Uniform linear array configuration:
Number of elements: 48
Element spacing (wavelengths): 0.5
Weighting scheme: exponential
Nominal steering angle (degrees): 45
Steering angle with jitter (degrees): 43.773
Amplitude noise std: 0.05
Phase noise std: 0.05

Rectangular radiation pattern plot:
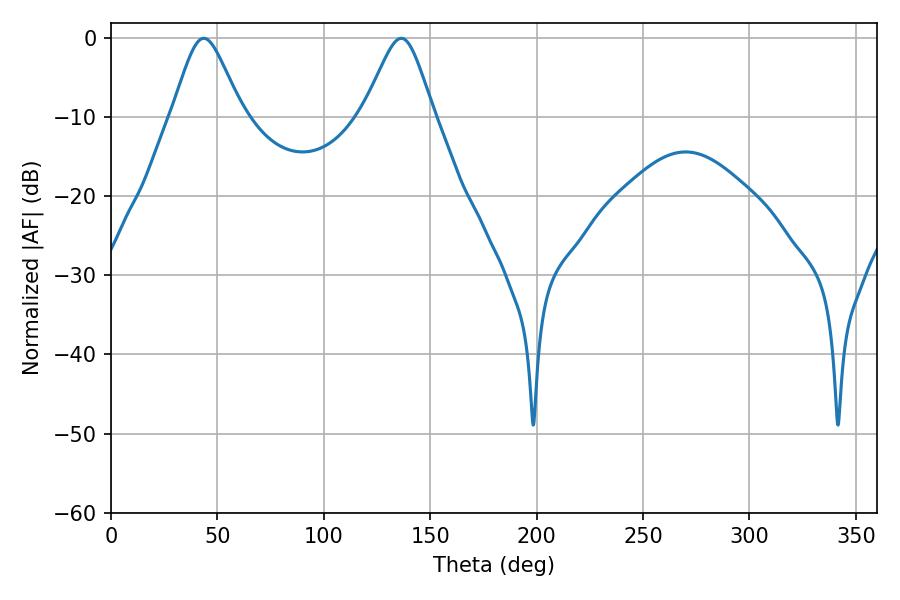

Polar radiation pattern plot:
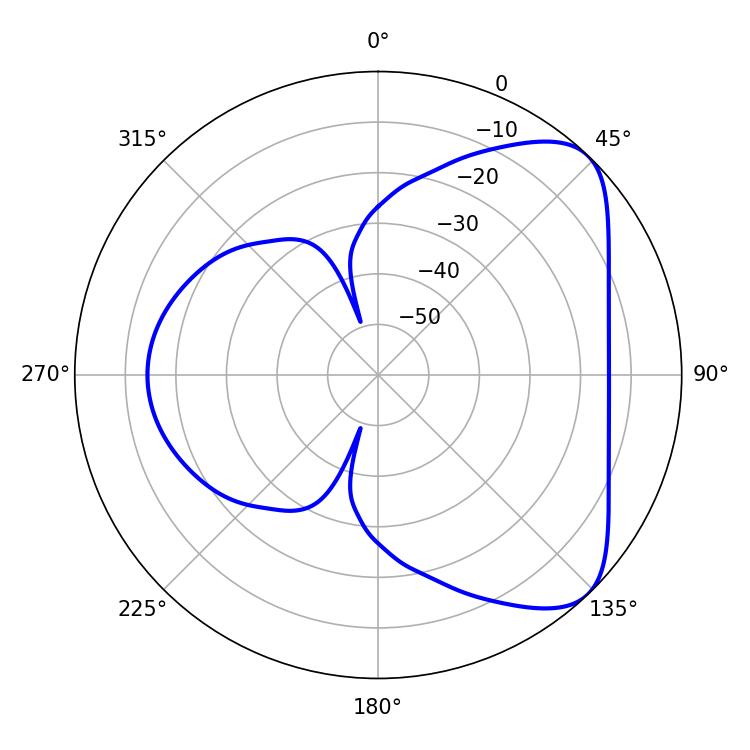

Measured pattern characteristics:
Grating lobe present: FALSE
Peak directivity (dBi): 6.295
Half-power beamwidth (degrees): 16.02
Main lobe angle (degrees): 43.56